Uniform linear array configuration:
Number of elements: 64
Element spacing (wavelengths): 0.75
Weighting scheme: cosine
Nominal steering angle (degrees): -45
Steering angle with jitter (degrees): -45.786
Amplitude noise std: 0.05
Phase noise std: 0.05

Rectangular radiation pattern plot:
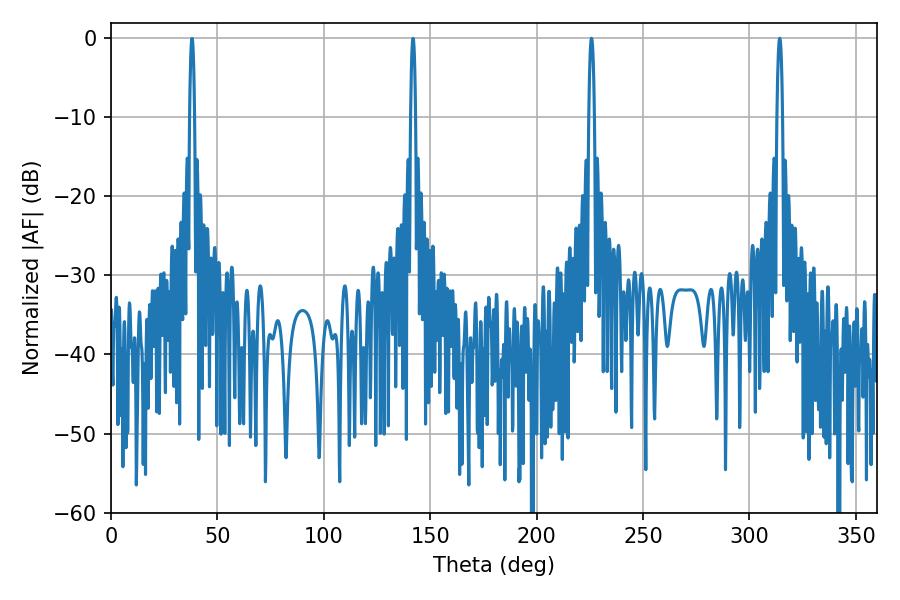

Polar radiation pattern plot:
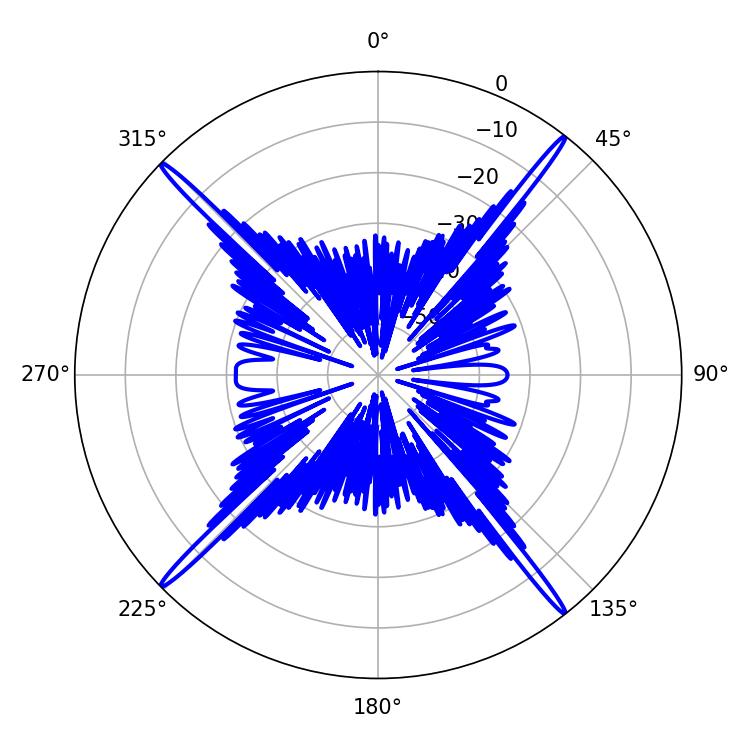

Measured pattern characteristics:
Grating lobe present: TRUE
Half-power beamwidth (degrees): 1.44
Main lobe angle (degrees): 314.28